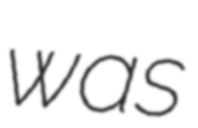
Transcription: was